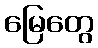
မြေတွေ